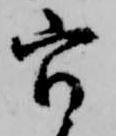
官